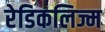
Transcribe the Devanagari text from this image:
रेडिकलिज्म